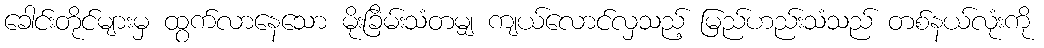
ခေါင်းတိုင်များမှ ထွက်လာနေသော မိုးခြိမ်းသံတမျှ ကျယ်လောင်လှသည့် မြည်ဟည်းသံသည် တစ်နယ်လုံးကို